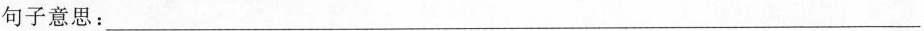
句子意思：___